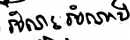
អំណះអំណាង